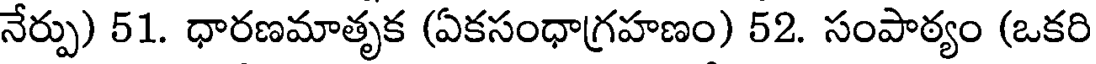
నేర్పు) 51. ధారణమాతృక (ఏకసంధాగ్రహణం) 52. సంపాఠ్యం (ఒకరి